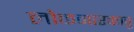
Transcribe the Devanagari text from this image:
लोकनारकावु